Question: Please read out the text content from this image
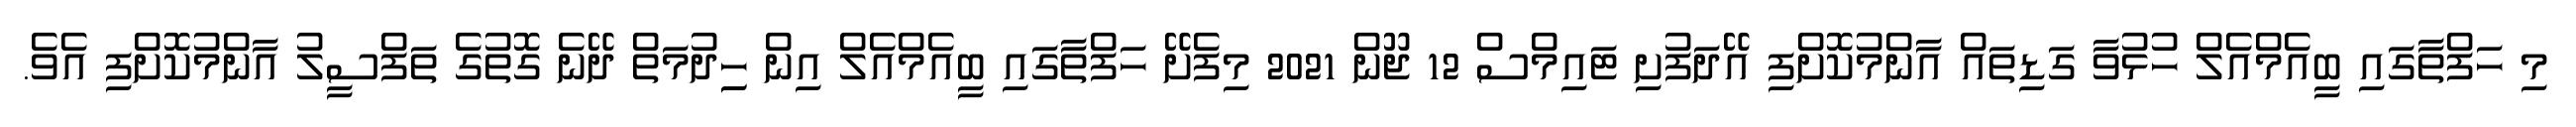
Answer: މި ހަފްތާގައި ބީއެމްއެލް ހުޅުވާ ގަޑިތައް އާންމުކޮށްފި އޭދަފުށި ޓައިމްސް 12 ޖޫން 2021 މިފެށޭ ހަފްތާގައި ބީއެމްއެލް އިން ހިިދުމަތް ދޭނެ ގޮތުގެ ތަފްސީލު އާންމުކޮށްފި އެވެ.